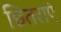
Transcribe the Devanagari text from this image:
छितराएं